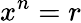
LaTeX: x^{n}=r